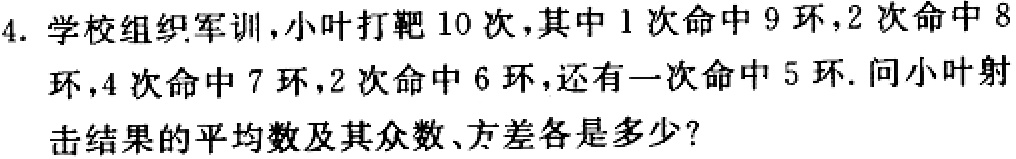
4. 学校组织军训，小叶打靶 10 次，其中 1 次命中 9 环，2 次命中 8 环，4 次命中 7 环，2 次命中 6 环，还有一次命中 5 环. 问小叶射击结果的平均数及其众数、方差各是多少？